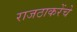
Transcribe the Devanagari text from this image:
राजठाकरेंचे